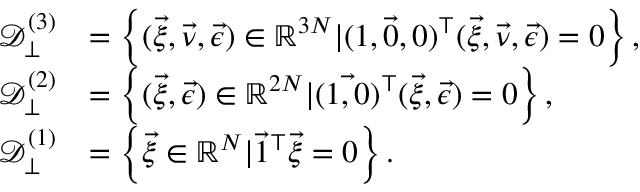
\begin{array} { r l } { \mathcal { D } _ { \perp } ^ { ( 3 ) } } & { = \left\{ ( \vec { \xi } , \vec { \nu } , \vec { \epsilon } ) \in \mathbb { R } ^ { 3 N } | ( \vec { 1 , 0 , 0 } ) ^ { \top } ( \vec { \xi } , \vec { \nu } , \vec { \epsilon } ) = 0 \right\} , } \\ { \mathcal { D } _ { \perp } ^ { ( 2 ) } } & { = \left\{ ( \vec { \xi } , \vec { \epsilon } ) \in \mathbb { R } ^ { 2 N } | ( \vec { 1 , 0 } ) ^ { \top } ( \vec { \xi } , \vec { \epsilon } ) = 0 \right\} , } \\ { \mathcal { D } _ { \perp } ^ { ( 1 ) } } & { = \left\{ \vec { \xi } \in \mathbb { R } ^ { N } | \vec { 1 } ^ { \top } \vec { \xi } = 0 \right\} . } \end{array}